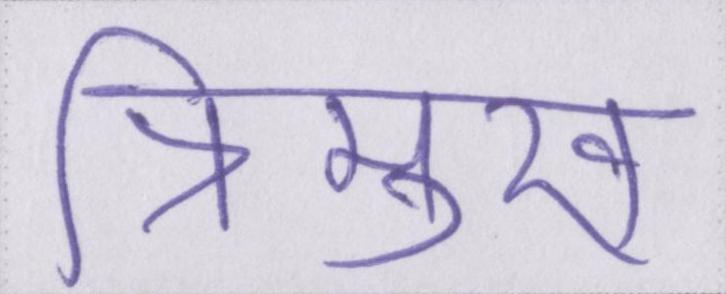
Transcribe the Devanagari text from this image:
त्रिमुख